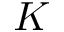
K